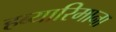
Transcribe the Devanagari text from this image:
हब्‍यारिमाना